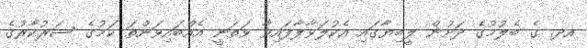
އދ. ގެ ބެލުމުގެ ދަށުން ލީބިޔާގައި އެކުލަވާލާފައިވާ ވަތަނީ އެއްބައިވަންތަ ކަމުގެ ސަރުކާރުގެ